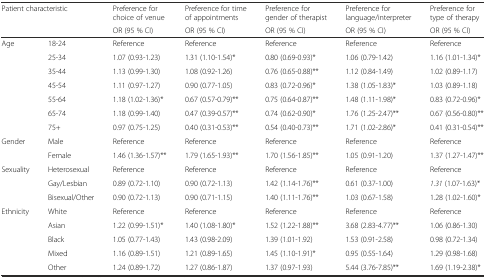
<table><thead><tr><td rowspan="2" colspan="2"><b>Patient characteristic</b></td><td><b>Preference for choice of venue</b></td><td><b>Preference for time of appointments</b></td><td><b>Preference for gender of therapist</b></td><td><b>Preference for language/interpreter</b></td><td><b>Preference for type of therapy</b></td></tr><tr><td><b>OR (95 % CI)</b></td><td><b>OR (95 % CI)</b></td><td><b>OR (95 % CI)</b></td><td><b>OR (95 % CI)</b></td><td><b>OR (95 % CI)</b></td></tr></thead><tbody><tr><td rowspan="7">Age</td><td>18-24</td><td>Reference</td><td>Reference</td><td>Reference</td><td>Reference</td><td>Reference</td></tr><tr><td>25-34</td><td>1.07 (0.93-1.23)</td><td>1.31 (1.10-1.54)*</td><td>0.80 (0.69-0.93)*</td><td>1.06 (0.79-1.42)</td><td>1.16 (1.01-1.34)*</td></tr><tr><td>35-44</td><td>1.13 (0.99-1.30)</td><td>1.08 (0.92-1.26)</td><td>0.76 (0.65-0.88)**</td><td>1.12 (0.84-1.49)</td><td>1.02 (0.89-1.17)</td></tr><tr><td>45-54</td><td>1.11 (0.97-1.27)</td><td>0.90 (0.77-1.05)</td><td>0.83 (0.72-0.96)*</td><td>1.38 (1.05-1.83)*</td><td>1.03 (0.89-1.18)</td></tr><tr><td>55-64</td><td>1.18 (1.02-1.36)*</td><td>0.67 (0.57-0.79)**</td><td>0.75 (0.64-0.87)**</td><td>1.48 (1.11-1.98)*</td><td>0.83 (0.72-0.96)*</td></tr><tr><td>65-74</td><td>1.18 (0.99-1.40)</td><td>0.47 (0.39-0.57)**</td><td>0.74 (0.62-0.90)*</td><td>1.76 (1.25-2.47)**</td><td>0.67 (0.56-0.80)**</td></tr><tr><td>75+</td><td>0.97 (0.75-1.25)</td><td>0.40 (0.31-0.53)**</td><td>0.54 (0.40-0.73)**</td><td>1.71 (1.02-2.86)*</td><td>0.41 (0.31-0.54)**</td></tr><tr><td rowspan="2">Gender</td><td>Male</td><td>Reference</td><td>Reference</td><td>Reference</td><td>Reference</td><td>Reference</td></tr><tr><td>Female</td><td>1.46 (1.36-1.57)**</td><td>1.79 (1.65-1.93)**</td><td>1.70 (1.56-1.85)**</td><td>1.05 (0.91-1.20)</td><td>1.37 (1.27-1.47)**</td></tr><tr><td rowspan="3">Sexuality</td><td>Heterosexual</td><td>Reference</td><td>Reference</td><td>Reference</td><td>Reference</td><td>Reference</td></tr><tr><td>Gay/Lesbian</td><td>0.89 (0.72-1.10)</td><td>0.90 (0.72-1.13)</td><td>1.42 (1.14-1.76)**</td><td>0.61 (0.37-1.00)</td><td><i>1.31</i> (1.07-1.63)*</td></tr><tr><td>Bisexual/Other</td><td>0.90 (0.72-1.13)</td><td>0.90 (0.71-1.15)</td><td>1.40 (1.11-1.76)**</td><td>1.03 (0.67-1.58)</td><td>1.28 (1.02-1.60)*</td></tr><tr><td rowspan="5">Ethnicity</td><td>White</td><td>Reference</td><td>Reference</td><td>Reference</td><td>Reference</td><td>Reference</td></tr><tr><td>Asian</td><td>1.22 (0.99-1.51)*</td><td>1.40 (1.08-1.80)*</td><td>1.52 (1.22-1.88)**</td><td>3.68 (2.83-4.77)**</td><td>1.06 (0.86-1.30)</td></tr><tr><td>Black</td><td>1.05 (0.77-1.43)</td><td>1.43 (0.98-2.09)</td><td>1.39 (1.01-1.92)</td><td>1.53 (0.91-2.58)</td><td>0.98 (0.72-1.34)</td></tr><tr><td>Mixed</td><td>1.16 (0.89-1.51)</td><td>1.21 (0.89-1.65)</td><td>1.45 (1.10-1.91)*</td><td>0.95 (0.55-1.64)</td><td>1.29 (0.98-1.68)</td></tr><tr><td>Other</td><td>1.24 (0.89-1.72)</td><td>1.27 (0.86-1.87)</td><td>1.37 (0.97-1.93)</td><td>5.44 (3.76-7.85)**</td><td>1.69 (1.19-2.38)*</td></tr></tbody></table>